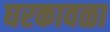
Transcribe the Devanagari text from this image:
घरकावळा